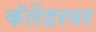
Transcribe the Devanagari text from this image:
कॅलेंडरवर